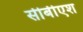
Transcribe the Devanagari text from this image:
सीबीएश